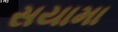
સયામા